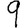
Digit: 9